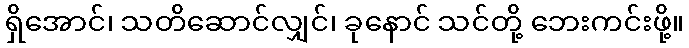
ရှိအောင်၊ သတိဆောင်လျှင်၊ ခုနောင် သင်တို့ ဘေးကင်းဖို့။